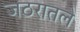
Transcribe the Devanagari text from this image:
जठरातले